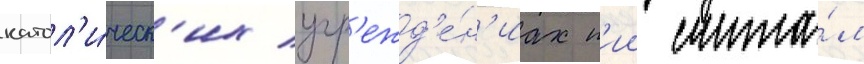
катол'и́ческ'их учр'ежд'е́н'иах п'ии счита́л